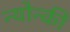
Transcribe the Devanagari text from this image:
न्योन्की